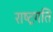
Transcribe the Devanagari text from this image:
राष्ट्रगति